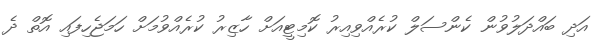
އަދި ބައްދަލުވުން ކެންސަލް ކުރެއްވިއިރު ކޮމިޓީއަށް ހާޒިރު ކުރެއްވުމަށް ހަމަޖެހިފައި އޮތް ދެ